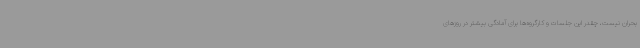
بحران نیست، چقدر این جلسات و کارگروه‌ها برای آمادگی بیشتر در روزهای